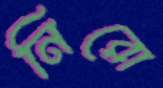
নিরো